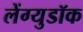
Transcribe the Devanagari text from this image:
लेंग्युडॉक